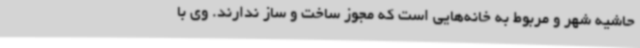
حاشیه شهر و مربوط به خانه‌هایی است که مجوز ساخت و ساز ندارند. وی با